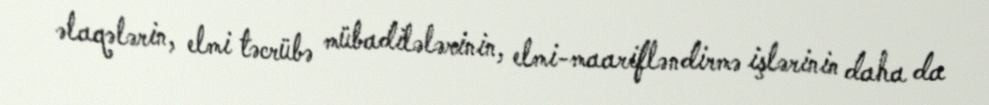
əlaqələrin, elmi təcrübə mübadilələrinin, elmi-maarifləndirmə işlərinin daha da